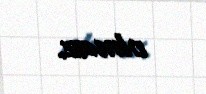
olmaz.